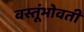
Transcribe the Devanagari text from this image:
वस्तूंभोवती